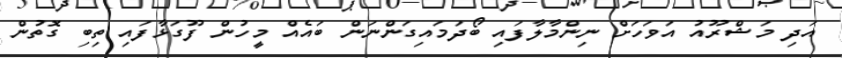
އަދި މަޝްރޫއު އަވަހަށް ނިންމާލާފައި ބޯދަމައިގަންނަން ބައެއް މީހުން ފޫގަޅާފައި ތިބި ގޮތުން